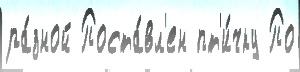
ра́зной Поста́вл'ен пт'и́чку По